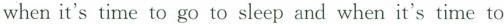
when it's time to go to sleep and when it's time to